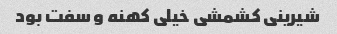
شیرینی کشمشی خیلی کهنه و سفت بود